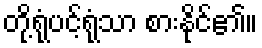
တို့ရုံပင့်ရုံသာ စားနိုင်၏။